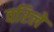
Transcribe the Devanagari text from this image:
वरिले